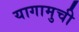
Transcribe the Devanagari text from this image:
यागामुची